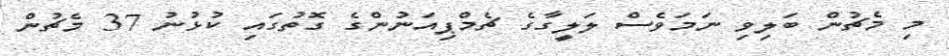
މި މެޗުން ބަލިވި ނަމަވެސް ލަލީގާގެ ޗެމްޕިއަނުންގެ ގޮތުގައި ކުޅުނު 37 މެޗުން